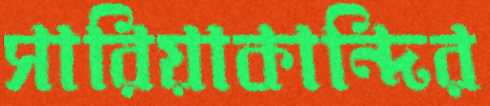
সারিয়াকান্দির